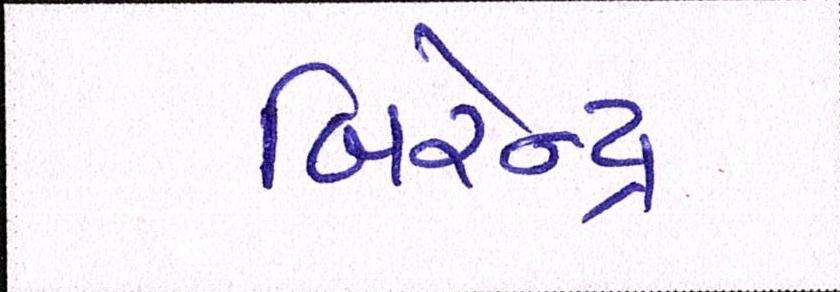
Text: બિરેન્દ્ર